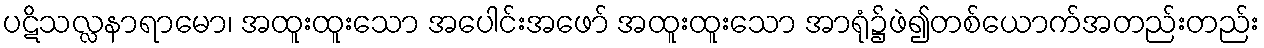
ပဋိသလ္လနာရာမော၊ အထူးထူးသော အပေါင်းအဖော် အထူးထူးသော အာရုံ၌ဖဲ၍တစ်ယောက်အတည်းတည်း